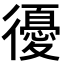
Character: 𢖒